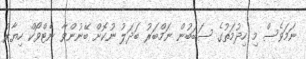
ނަމަވެސް މި ހިދުމަތުގެ ސަބަބުން ނަމްބަރު ބަދަލު ނުކޮށް ބޭނުންވާ ނެޓްވޯކް ހިޔާރު